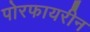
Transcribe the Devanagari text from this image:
पोरफायरीन